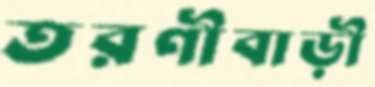
তরণীবাড়ী